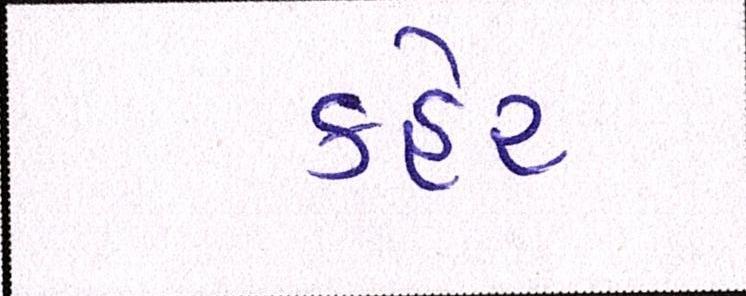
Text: કહેર